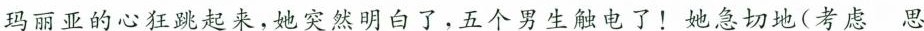
玛丽亚的心狂跳起来，她突然明白了，五个男生触电了！她急切地(考虑 思